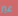
غير